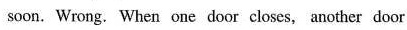
soon. Wrong. When one door closes, another door